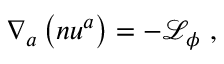
\nabla _ { a } \left( n u ^ { a } \right) = - \mathcal { L } _ { \phi } ~ ,